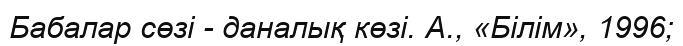
Бабалар сөзі - даналық көзі. А., «Білім», 1996;